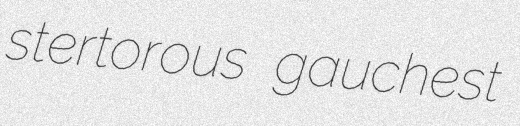
stertorous gauchest